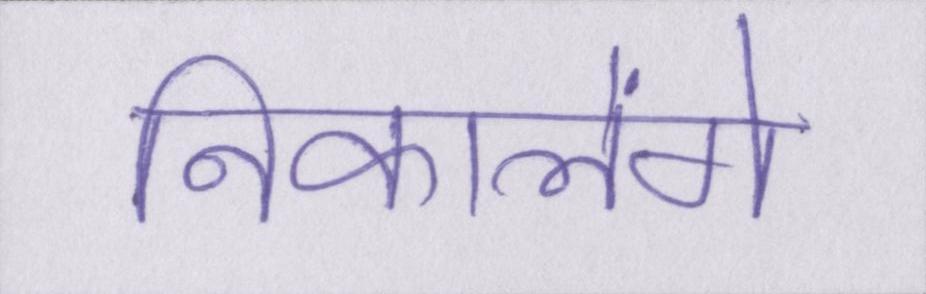
निकालेंगे